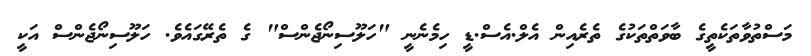
މަސްތުވާތަކެތީގެ ބާވަތްތަކުގެ ތެރެއިން އެލް.އެސް.ޑީ ހިމެނެނީ "ހަލޫސިނޯޖެންސް" ގެ ތެރޭގައެވެ. ހަލޫސިނޯޖެންސް އަކީ